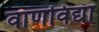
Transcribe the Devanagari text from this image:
वाणविद्या